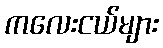
ကလေးငယ်များ